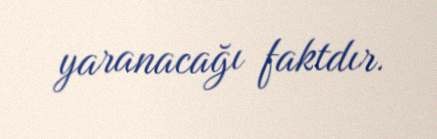
yaranacağı faktdır.